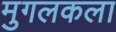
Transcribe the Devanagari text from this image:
मुगलकला